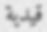
قيدية